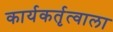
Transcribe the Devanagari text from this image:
कार्यकर्तृत्वाला